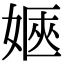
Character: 𡞡